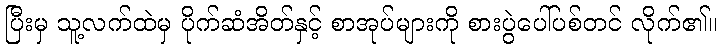
ပြီးမှ သူ့လက်ထဲမှ ပိုက်ဆံအိတ်နှင့် စာအုပ်များကို စားပွဲပေါ်ပစ်တင် လိုက်၏။